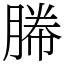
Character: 幐